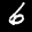
Label: 6